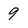
Character: 9